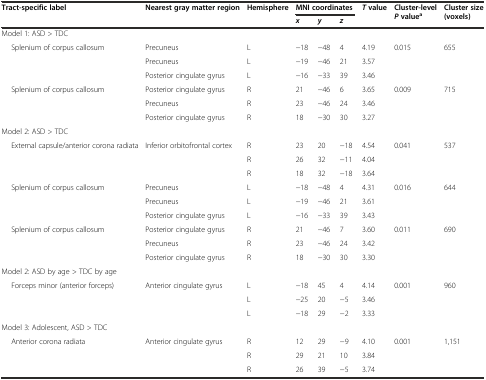
<table><thead><tr><td rowspan="2"><b>Tract-specific label</b></td><td><b>Nearest gray matter region</b></td><td><b>Hemisphere</b></td><td colspan="3"><b>MNI coordinates</b></td><td rowspan="2"><b><i>T</i>value</b></td><td rowspan="2"><b>Cluster-level<i>P</i>value<sup>a</sup></b></td><td rowspan="2"><b>Cluster size (voxels)</b></td></tr><tr><td></td><td></td><td><b><i>x</i></b></td><td><b><i>y</i></b></td><td><b><i>z</i></b></td></tr></thead><tbody><tr><td>Model 1: ASD &gt; TDC</td><td></td><td></td><td></td><td></td><td></td><td></td><td></td><td></td></tr><tr><td>Splenium of corpus callosum</td><td>Precuneus</td><td>L</td><td>−18</td><td>−48</td><td>4</td><td>4.19</td><td>0.015</td><td>655</td></tr><tr><td></td><td>Precuneus</td><td>L</td><td>−19</td><td>−46</td><td>21</td><td>3.57</td><td></td><td></td></tr><tr><td></td><td>Posterior cingulate gyrus</td><td>L</td><td>−16</td><td>−33</td><td>39</td><td>3.46</td><td></td><td></td></tr><tr><td>Splenium of corpus callosum</td><td>Posterior cingulate gyrus</td><td>R</td><td>21</td><td>−46</td><td>6</td><td>3.65</td><td>0.009</td><td>715</td></tr><tr><td></td><td>Precuneus</td><td>R</td><td>23</td><td>−46</td><td>24</td><td>3.46</td><td></td><td></td></tr><tr><td></td><td>Posterior cingulate gyrus</td><td>R</td><td>18</td><td>−30</td><td>30</td><td>3.27</td><td></td><td></td></tr><tr><td>Model 2: ASD &gt; TDC</td><td></td><td></td><td></td><td></td><td></td><td></td><td></td><td></td></tr><tr><td>External capsule/anterior corona radiata</td><td>Inferior orbitofrontal cortex</td><td>R</td><td>23</td><td>20</td><td>−18</td><td>4.54</td><td>0.041</td><td>537</td></tr><tr><td></td><td></td><td>R</td><td>26</td><td>32</td><td>−11</td><td>4.04</td><td></td><td></td></tr><tr><td></td><td></td><td>R</td><td>18</td><td>32</td><td>−18</td><td>3.64</td><td></td><td></td></tr><tr><td>Splenium of corpus callosum</td><td>Precuneus</td><td>L</td><td>−18</td><td>−48</td><td>4</td><td>4.31</td><td>0.016</td><td>644</td></tr><tr><td></td><td>Precuneus</td><td>L</td><td>−19</td><td>−46</td><td>21</td><td>3.61</td><td></td><td></td></tr><tr><td></td><td>Posterior cingulate gyrus</td><td>L</td><td>−16</td><td>−33</td><td>39</td><td>3.43</td><td></td><td></td></tr><tr><td>Splenium of corpus callosum</td><td>Posterior cingulate gyrus</td><td>R</td><td>21</td><td>−46</td><td>7</td><td>3.60</td><td>0.011</td><td>690</td></tr><tr><td></td><td>Precuneus</td><td>R</td><td>23</td><td>−46</td><td>24</td><td>3.42</td><td></td><td></td></tr><tr><td></td><td>Posterior cingulate gyrus</td><td>R</td><td>18</td><td>−30</td><td>30</td><td>3.30</td><td></td><td></td></tr><tr><td>Model 2: ASD by age &gt; TDC by age</td><td></td><td></td><td></td><td></td><td></td><td></td><td></td><td></td></tr><tr><td>Forceps minor (anterior forceps)</td><td>Anterior cingulate gyrus</td><td>L</td><td>−18</td><td>45</td><td>4</td><td>4.14</td><td>0.001</td><td>960</td></tr><tr><td></td><td></td><td>L</td><td>−25</td><td>20</td><td>−5</td><td>3.46</td><td></td><td></td></tr><tr><td></td><td></td><td>L</td><td>−18</td><td>29</td><td>−2</td><td>3.33</td><td></td><td></td></tr><tr><td>Model 3: Adolescent, ASD &gt; TDC</td><td></td><td></td><td></td><td></td><td></td><td></td><td></td><td></td></tr><tr><td>Anterior corona radiata</td><td>Anterior cingulate gyrus</td><td>R</td><td>12</td><td>29</td><td>−9</td><td>4.10</td><td>0.001</td><td>1,151</td></tr><tr><td></td><td></td><td>R</td><td>29</td><td>21</td><td>10</td><td>3.84</td><td></td><td></td></tr><tr><td></td><td></td><td>R</td><td>26</td><td>39</td><td>−5</td><td>3.74</td><td></td><td></td></tr></tbody></table>